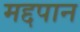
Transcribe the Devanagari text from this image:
मद्दपान